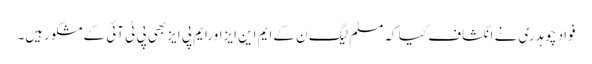
فواد چوہدری نے انکشاف کیا کہ مسلم لیگ ن کےایم این ایزاورایم پی ایزبھی پی ٹی آئی کےمشکورہیں۔